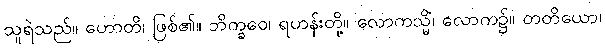
သူရဲသည်။ ဟောတိ၊ ဖြစ်၏။ ဘိက္ခဝေ၊ ရဟန်းတို့။ လောကသ္မိံ၊ လောက၌။ တတိယော၊